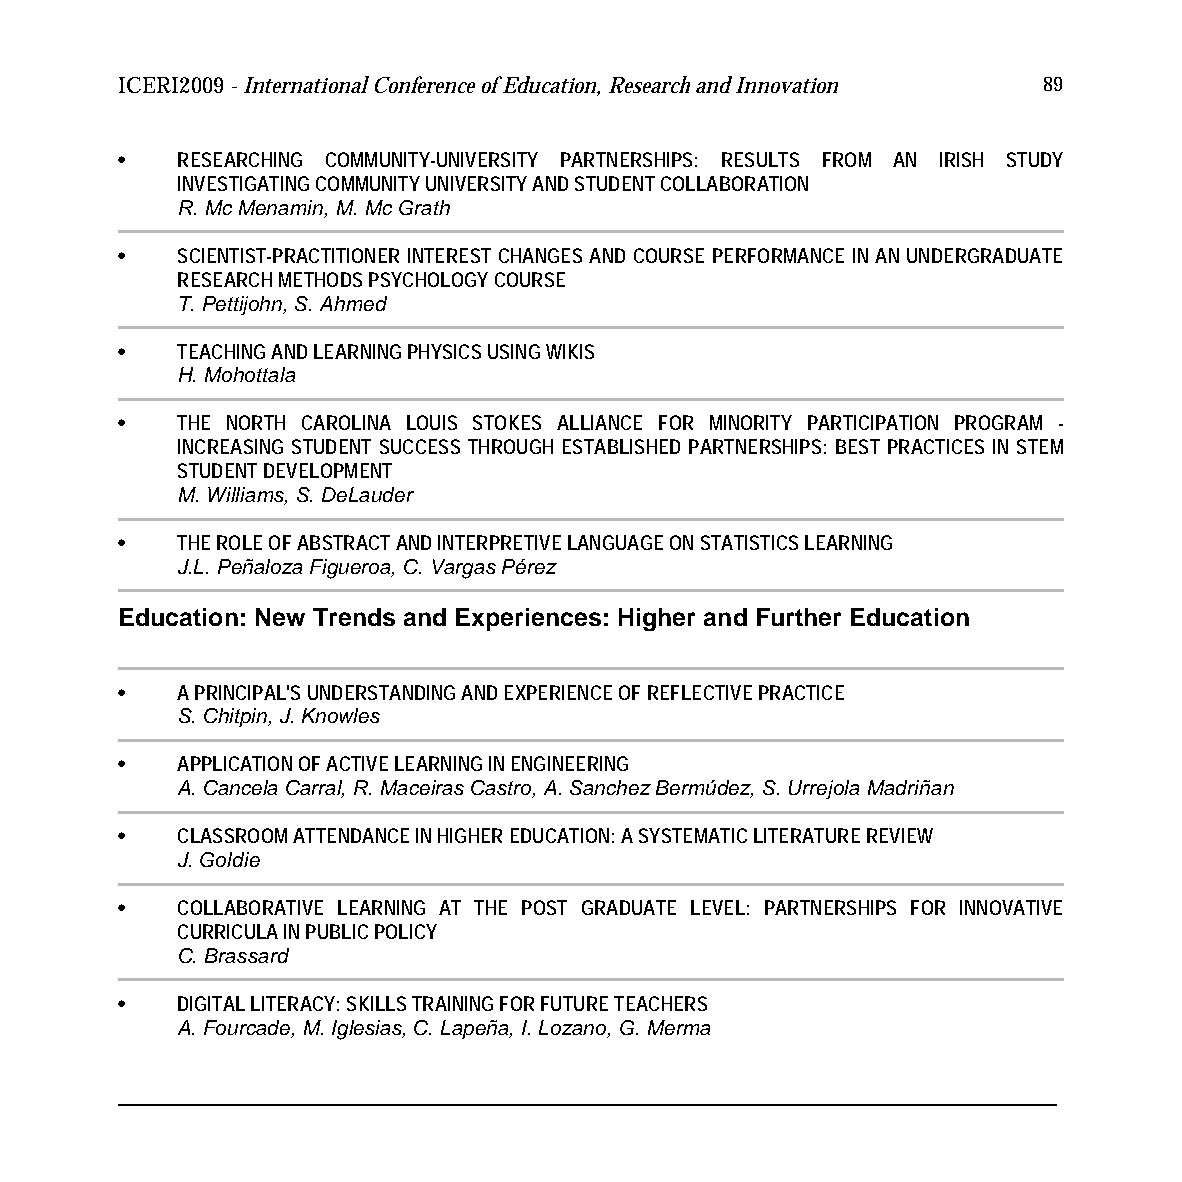
ICERI2009 - International Conference of Education, Research and Innovation 89
 •   RESEARCHING COMMUNITY-UNIVERSITY PARTNERSHIPS: RESULTS FROM AN IRISH STUDY
 INVESTIGATING COMMUNITY UNIVERSITY AND STUDENT COLLABORATION
 R. Mc Menamin, M. Mc Grath
 •   SCIENTIST-PRACTITIONER INTEREST CHANGES AND COURSE PERFORMANCE IN AN UNDERGRADUATE
 RESEARCH METHODS PSYCHOLOGY COURSE
 T. Pettijohn, S. Ahmed
 •   TEACHING AND LEARNING PHYSICS USING WIKIS
 H. Mohottala
 •   THE NORTH CAROLINA LOUIS STOKES ALLIANCE FOR MINORITY PARTICIPATION PROGRAM -
 INCREASING STUDENT SUCCESS THROUGH ESTABLISHED PARTNERSHIPS: BEST PRACTICES IN STEM
 STUDENT DEVELOPMENT
 M. Williams, S. DeLauder
 •   THE ROLE OF ABSTRACT AND INTERPRETIVE LANGUAGE ON STATISTICS LEARNING
 J.L. Peñaloza Figueroa, C. Vargas Pérez
 Education: New Trends and Experiences: Higher and Further Education
 •   A PRINCIPAL'S UNDERSTANDING AND EXPERIENCE OF REFLECTIVE PRACTICE
 S. Chitpin, J. Knowles
 •   APPLICATION OF ACTIVE LEARNING IN ENGINEERING
 A. Cancela Carral, R. Maceiras Castro, A. Sanchez Bermúdez, S. Urrejola Madriñan
 •   CLASSROOM ATTENDANCE IN HIGHER EDUCATION: A SYSTEMATIC LITERATURE REVIEW
 J. Goldie
 •   COLLABORATIVE LEARNING AT THE POST GRADUATE LEVEL: PARTNERSHIPS FOR INNOVATIVE
 CURRICULA IN PUBLIC POLICY
 C. Brassard
 •   DIGITAL LITERACY: SKILLS TRAINING FOR FUTURE TEACHERS
 A. Fourcade, M. Iglesias, C. Lapeña, I. Lozano, G. Merma